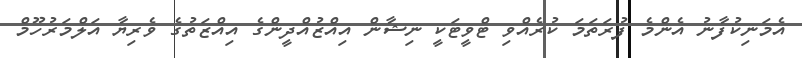
އެމަނިކުފާނު އެންމެ ފުރަތަމަ ކުރެއްވި ޓްވީޓަކީ ނިޝާން އިއްޒުއްދީންގެ އިއްޒަތުގެ ވެރިޔާ އަލްމަރުހޫމް